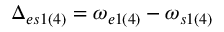
\Delta _ { e s 1 ( 4 ) } = \omega _ { e 1 ( 4 ) } - \omega _ { s 1 ( 4 ) }